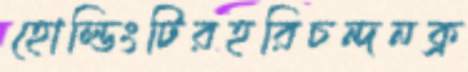
হোল্ডিংটিরহরিচন্দনক্র